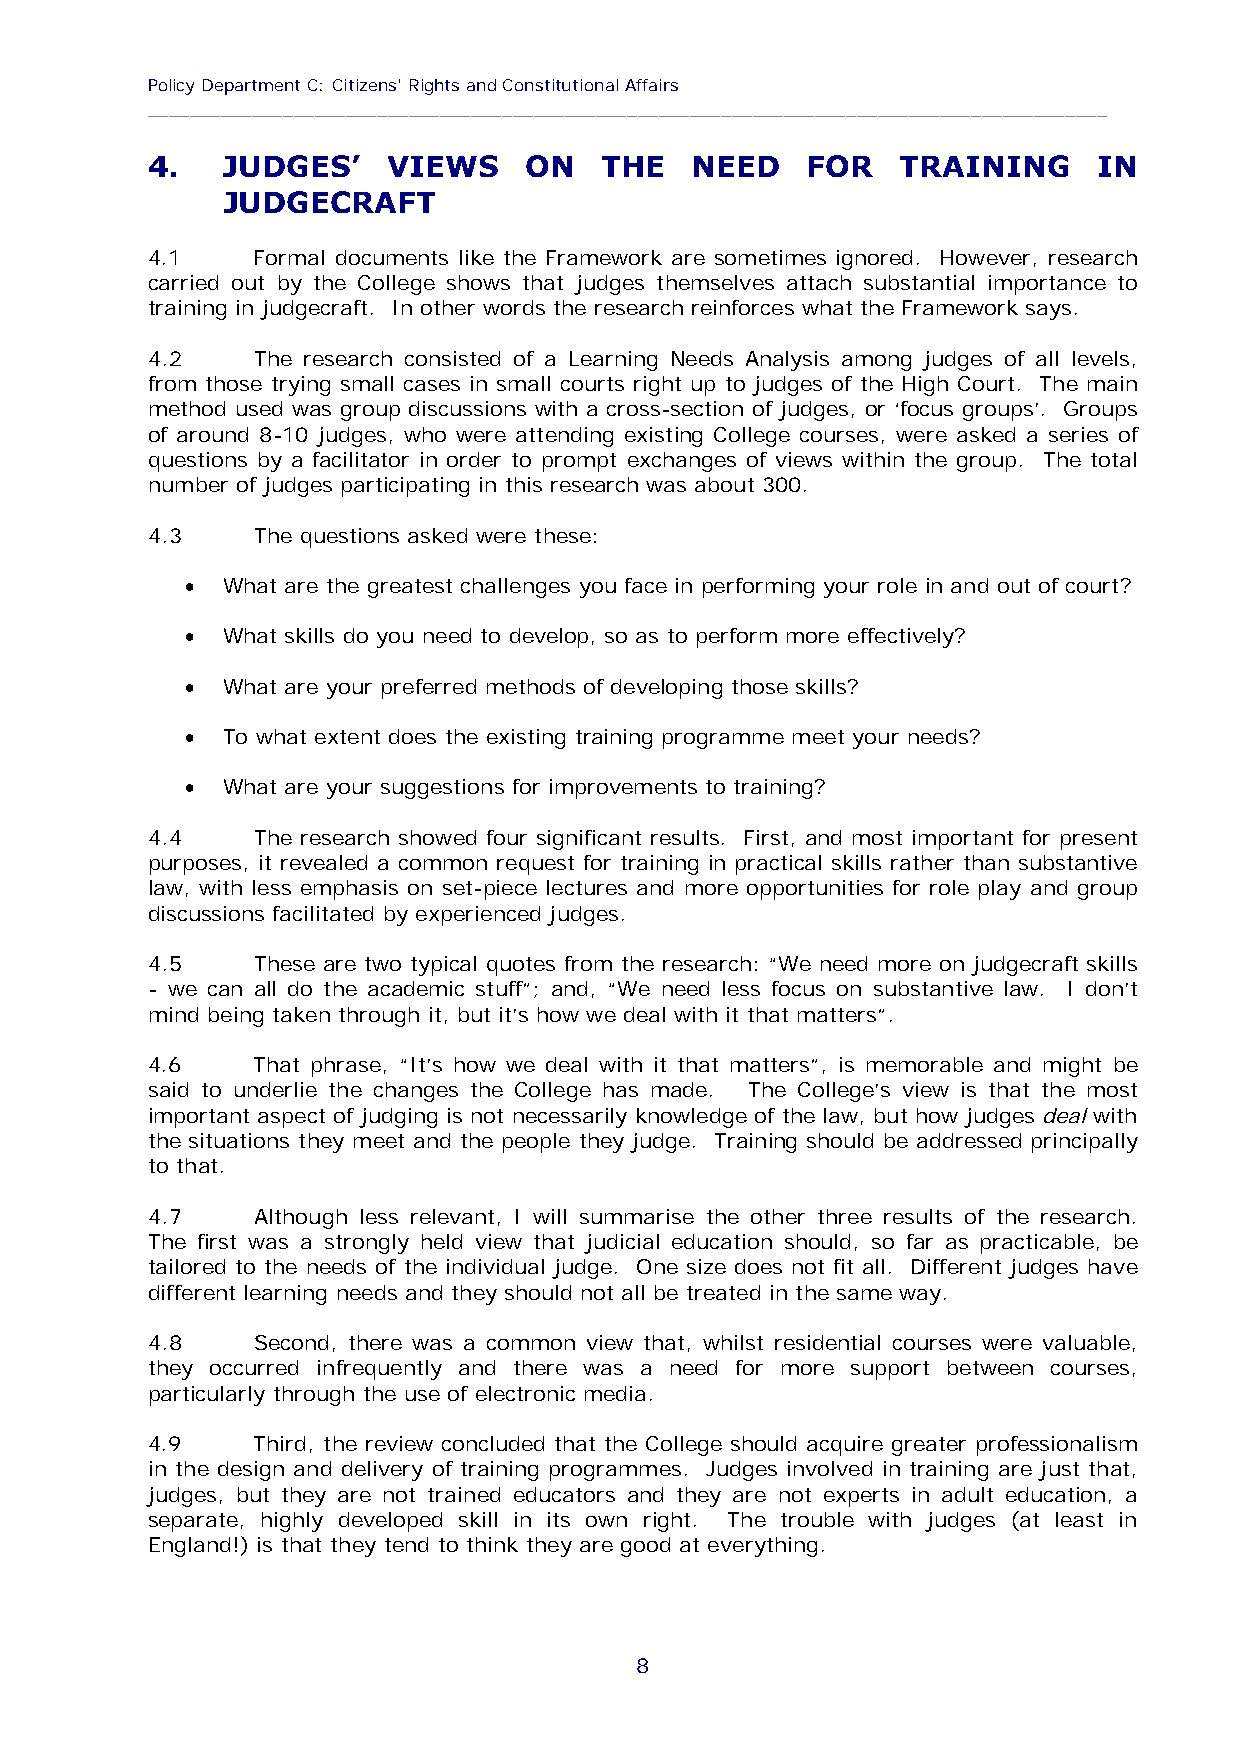
Policy Department C: Citizens' Rights and Constitutional Affairs
 ____________________________________________________________________________________________
 4.   JUDGES’    VIEWS    ON   THE   NEED   FOR    TRAINING     IN
 JUDGECRAFT
 4.1    Formal documents like the Framework are sometimes ignored. However, research
 carried out by the College shows that judges themselves attach substantial importance to
 training in judgecraft. In other words the research reinforces what the Framework says.
 4.2    The research consisted of a Learning Needs Analysis among judges of all levels,
 from those trying small cases in small courts right up to judges of the High Court. The main
 method used was group discussions with a cross-section of judges, or ‘focus groups’. Groups
 of around 8-10 judges, who were attending existing College courses, were asked a series of
 questions by a facilitator in order to prompt exchanges of views within the group. The total
 number of judges participating in this research was about 300.
 4.3    The questions asked were these:
   What are the greatest challenges you face in performing your role in and out of court?
   What skills do you need to develop, so as to perform more effectively?
   What are your preferred methods of developing those skills?
   To what extent does the existing training programme meet your needs?
   What are your suggestions for improvements to training?
 4.4    The research showed four significant results. First, and most important for present
 purposes, it revealed a common request for training in practical skills rather than substantive
 law, with less emphasis on set-piece lectures and more opportunities for role play and group
 discussions facilitated by experienced judges.
 4.5    These are two typical quotes from the research: “We need more on judgecraft skills
 - we can all do the academic stuff”; and, “We need less focus on substantive law. I don’t
 mind being taken through it, but it’s how we deal with it that matters”.
 4.6    That phrase, “It’s how we deal with it that matters”, is memorable and might be
 said to underlie the changes the College has made. The College’s view is that the most
 important aspect of judging is not necessarily knowledge of the law, but how judges deal with
 the situations they meet and the people they judge. Training should be addressed principally
 to that.
 4.7    Although less relevant, I will summarise the other three results of the research.
 The first was a strongly held view that judicial education should, so far as practicable, be
 tailored to the needs of the individual judge. One size does not fit all. Different judges have
 different learning needs and they should not all be treated in the same way.
 4.8    Second, there was a common view that, whilst residential courses were valuable,
 they occurred infrequently and there was a need for more support between courses,
 particularly through the use of electronic media.
 4.9    Third, the review concluded that the College should acquire greater professionalism
 in the design and delivery of training programmes. Judges involved in training are just that,
 judges, but they are not trained educators and they are not experts in adult education, a
 separate, highly developed skill in its own right. The trouble with judges (at least in
 England!) is that they tend to think they are good at everything.
 8